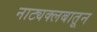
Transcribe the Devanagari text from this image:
नाट्यक्लबातून